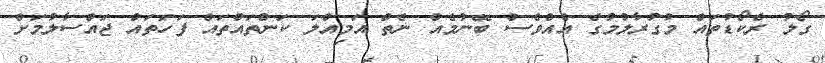
ގޯލު ރެކޯޑުތައް މުގުރާލުމުގެ އެއްވެސް ބޭނުމެއް ނެތް އަމިއްލަ ކަންތައްތައް ފަހަތައް ޖައްސާލުމަށް